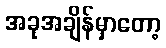
အခုအချိန်မှာတော့